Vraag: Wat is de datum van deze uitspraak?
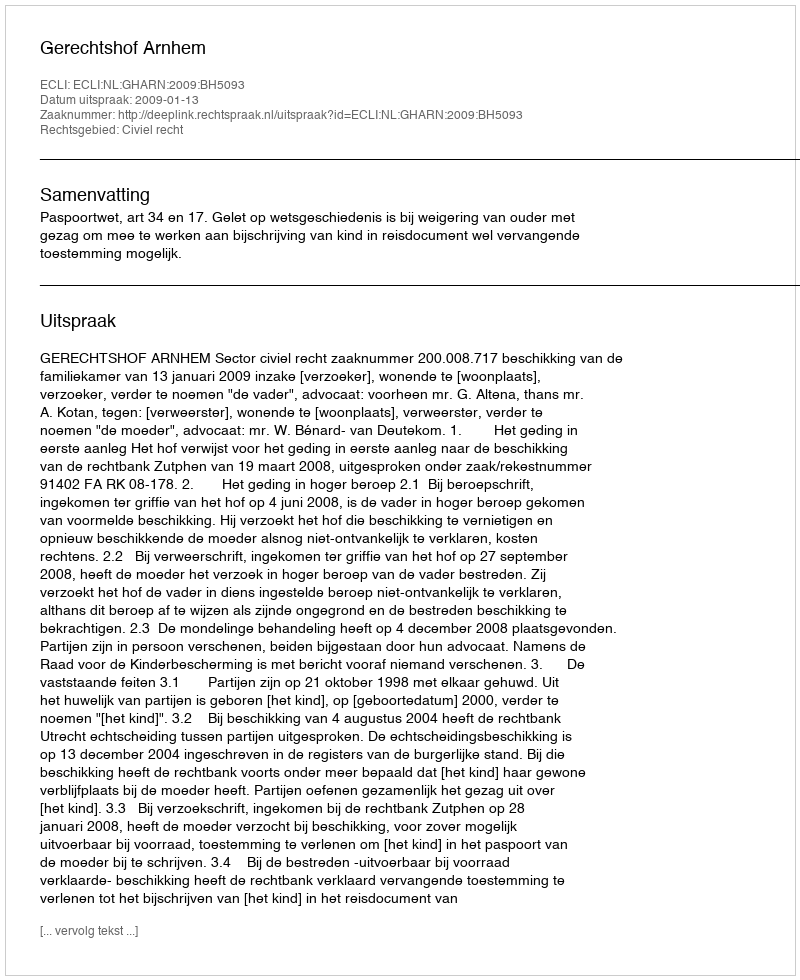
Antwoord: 2009-01-13